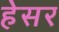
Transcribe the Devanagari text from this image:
हेसर